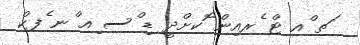
ަތ ްއ ޓް ެރއިން ޮކށްދީ ޑި ްސ ިއ ްނ ެފކް